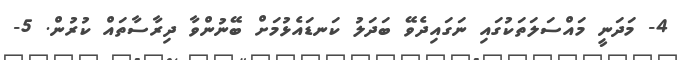
4- މަދަނީ މައްސަލަތަކުގައި ނަގައިދެވޭ ބަދަލު ކަނޑައެޅުމަށް ބޭނުންވާ ދިރާސާތައް ކުރުން. 5-